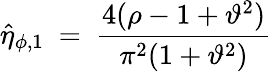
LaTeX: \hat{\eta}_{\phi,1}~=~\frac{4(\rho-1+\vartheta^{2})}{\pi^{2}(1+\vartheta^{2})}